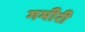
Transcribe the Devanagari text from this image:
गमीरी